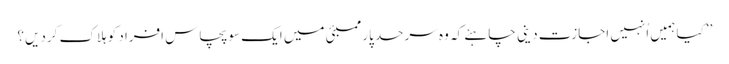
’’کیا ہمیں اُنہیں اجازت دینی چاہئے کہ وہ سرحد پار ممبئی میں ایک سو پچاس افراد کو ہلاک کردیں؟